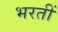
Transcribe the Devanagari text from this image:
भरतीं